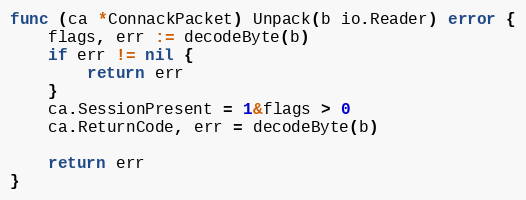
Language: Go
func (ca *ConnackPacket) Unpack(b io.Reader) error {
	flags, err := decodeByte(b)
	if err != nil {
		return err
	}
	ca.SessionPresent = 1&flags > 0
	ca.ReturnCode, err = decodeByte(b)

	return err
}